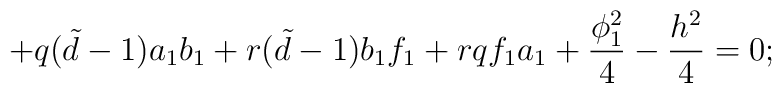
+q({\tilde d}-1)a_{1}b_{1}+r({\tilde d}-1)b_{1}f_{1}+ rqf_{1}a_{1}+\frac{\phi_{1}^{2}}{4}- \frac{h^{2}}{4}=0;